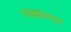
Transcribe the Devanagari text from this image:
यक्षप्रश्न